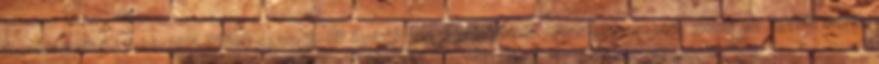
Rendszerhűtő - Fehér BFF-WPRO-14025B-RP Gyártó weboldala: Https: www.bitfenix.com global en Egyéb; Méret: